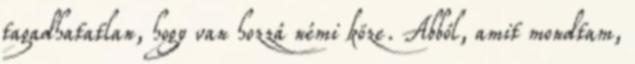
tagadhatatlan, hogy van hozzá némi köze. Abból, amit mondtam,